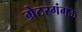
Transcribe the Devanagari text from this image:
ग्रेटरगंगऊ